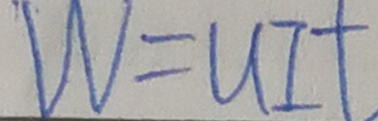
W = u I T